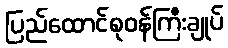
ပြည်ထောင်စုဝန်ကြီးချုပ်